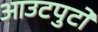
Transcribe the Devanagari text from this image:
आउटपुटों